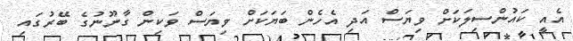
އެއީ ކައުންސިލަކަށް ވިޔަސް އަދި އެހެން ބަޔަކަށް ވިޔަސް ވަކިން ގާނޫނުގެ ބޭރުގައި